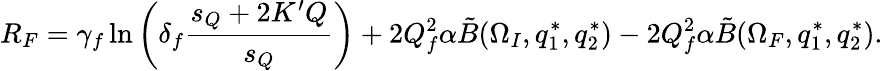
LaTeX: R_{F}=\gamma_{f}\ln\left(\delta_{f}{\frac{s_{Q}+2K^{\prime}Q}{s_{Q}}}\right)+2Q_{f}^{2}\alpha\tilde{B}(\Omega_{I},q_{1}^{*},q_{2}^{*})-2Q_{f}^{2}\alpha\tilde{B}(\Omega_{F},q_{1}^{*},q_{2}^{*}).